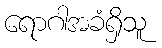
ရောဂါအခံရှိသူ